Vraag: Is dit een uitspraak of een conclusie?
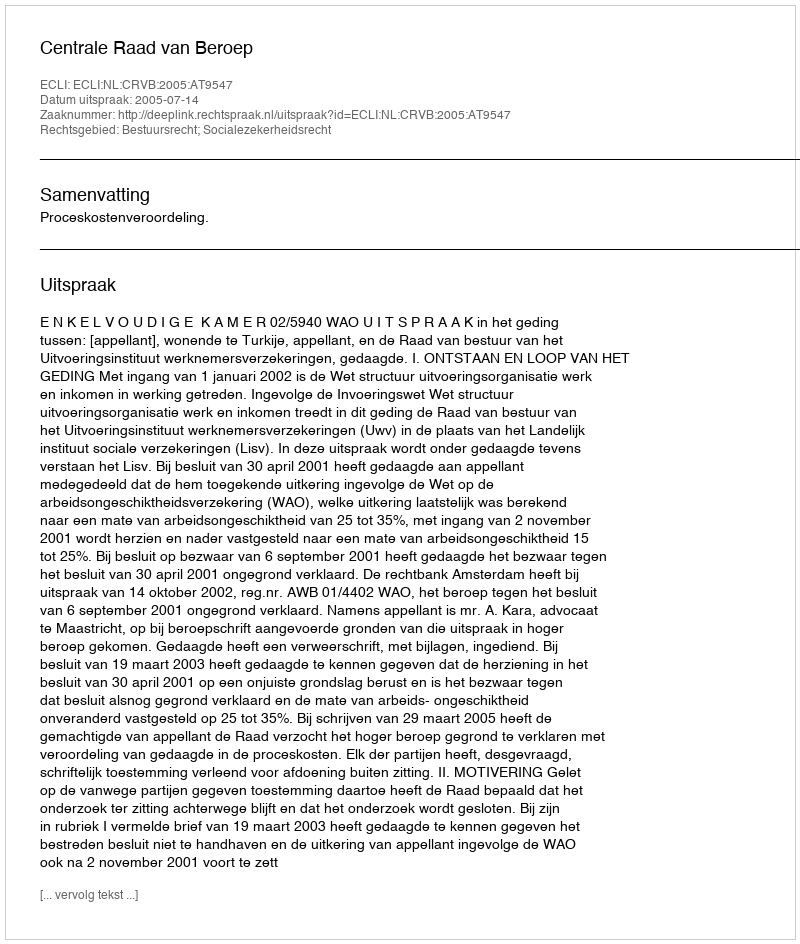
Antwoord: Uitspraak